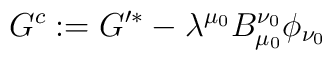
G^c := G'^* - \lambda^{\mu_0} B^{\nu_0}_{\mu_0} \phi_{\nu_0}